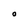
Character: O